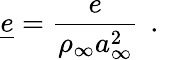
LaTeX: \underline{{e}}=\frac{e}{\rho_{\infty}a_{\infty}^{2}}\, \mathrm{~.~}